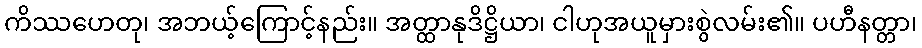
ကိဿဟေတု၊ အဘယ့်ကြောင့်နည်း။ အတ္ထာနုဒိဋ္ဌိယာ၊ ငါဟုအယူမှားစွဲလမ်း၏။ ပဟီနတ္တာ၊